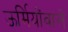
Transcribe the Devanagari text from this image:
ऊर्मियोंवाले